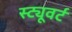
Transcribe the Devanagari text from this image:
स्ट्यूवर्ट